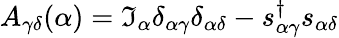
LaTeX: A_{\gamma\delta}(\alpha)=\mathfrak{I}_{\alpha}\delta_{\alpha\gamma}\delta_{\alpha\delta}-s_{\alpha\gamma}^{\dagger}s_{\alpha\delta}